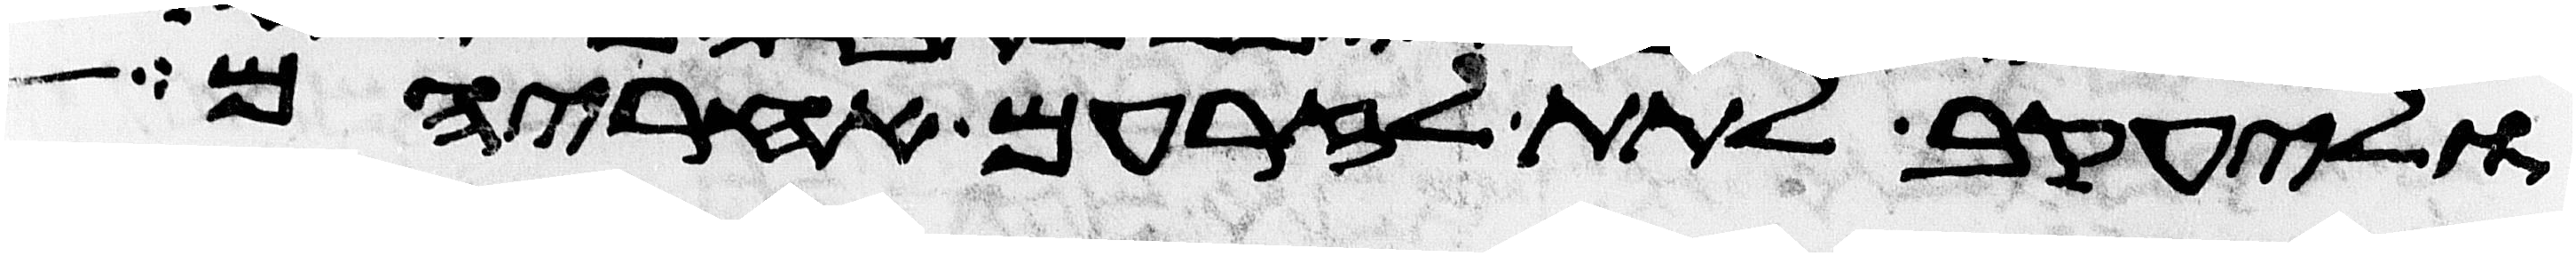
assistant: וליעקב לתת לזרעם אחריהם